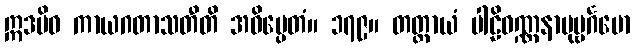
ဣဒမိဓ ကာယဂတာသတီတိ အဓိပ္ပေတံ။ ၁၇၉။ တတ္ထာယံ ပါဠိဝဏ္ဏနာပုဗ္ဗင်္ဂမော